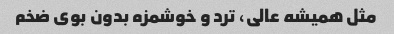
مثل همیشه عالی، ترد و خوشمزه بدون بوی ضخم